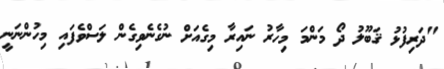
"ދަރިފުޅު ޤަބޫލު ދޯ މަންމަ މިހާރު ނައިރާ މިގެއަށް ނުގެނެވިގެން ލަސްވެފައި މިހުންނަނީ